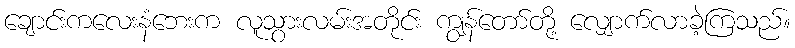
ချောင်းကလေးနံဘေးက လူသွားလမ်းအတိုင်း ကျွန်တော်တို့ လျှောက်လာခဲ့ကြသည်။